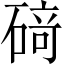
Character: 𥔎